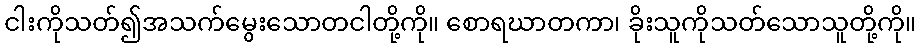
ငါးကိုသတ်၍အသက်မွေးသောတငါတို့ကို။ စောရဃာတကာ၊ ခိုးသူကိုသတ်သောသူတို့ကို။